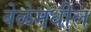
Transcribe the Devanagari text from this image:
वेळेमधील